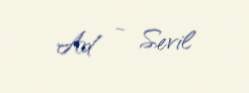
Ad - Sevil